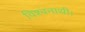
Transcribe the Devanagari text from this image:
विश्वनाथी।